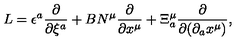
L = \epsilon ^ { a } \frac { \partial } { \partial \xi ^ { a } } + B N ^ { \mu } \frac { \partial } { \partial x ^ { \mu } } + \Xi _ { a } ^ { \mu } \frac { \partial } { \partial ( \partial _ { a } x ^ { \mu } ) } ,